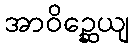
အာဝိဉ္ဆေယျ